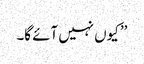
’’ کیوں نہیں آئے گا۔